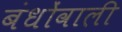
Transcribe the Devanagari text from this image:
बंधोंवाली